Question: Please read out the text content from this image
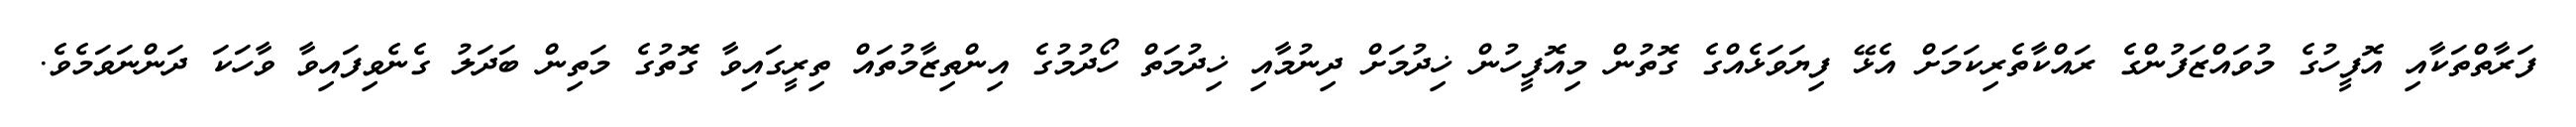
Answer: ފަރާތްތަކާއި އޮފީހުގެ މުވައްޒަފުންގެ ރައްކާތެރިކަމަށް އެޅޭ ފިޔަވަޅެއްގެ ގޮތުން މިއޮފީހުން ޚިދުމަށް ދިނުމާއި ޚިދުމަތް ހޯދުމުގެ އިންތިޒާމުތައް ތިރީގައިވާ ގޮތުގެ މަތިން ބަދަލު ގެނެވިފައިވާ ވާހަކަ ދަންނަވަމެވެ.